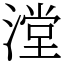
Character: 漟